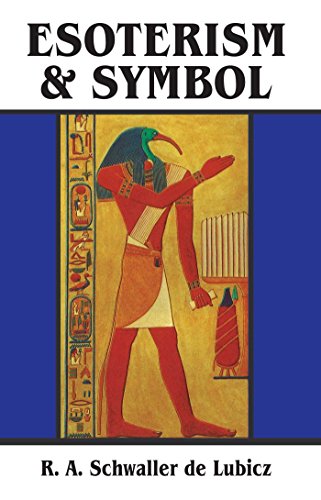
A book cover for Esoterism and Symbol; R. A. Schwaller de Lubicz; Reference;